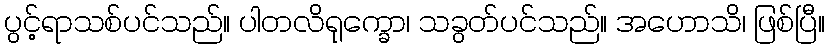
ပွင့်ရာသစ်ပင်သည်။ ပါတလိရုက္ခော၊ သခွတ်ပင်သည်။ အဟောသိ၊ ဖြစ်ပြီ။